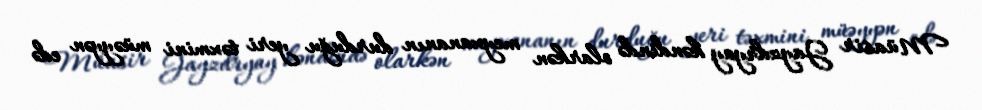
Müasir Jayzdryay kəndində olarkən meyxananın durduğu yeri təxmini müəyyən edə